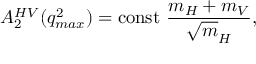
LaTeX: A _ { 2 } ^ { H V } ( q _ { m a x } ^ { 2 } ) = \mathrm { c o n s t } ~ \frac { m _ { H } + m _ { V } } { { \sqrt m _ { H } } } ,